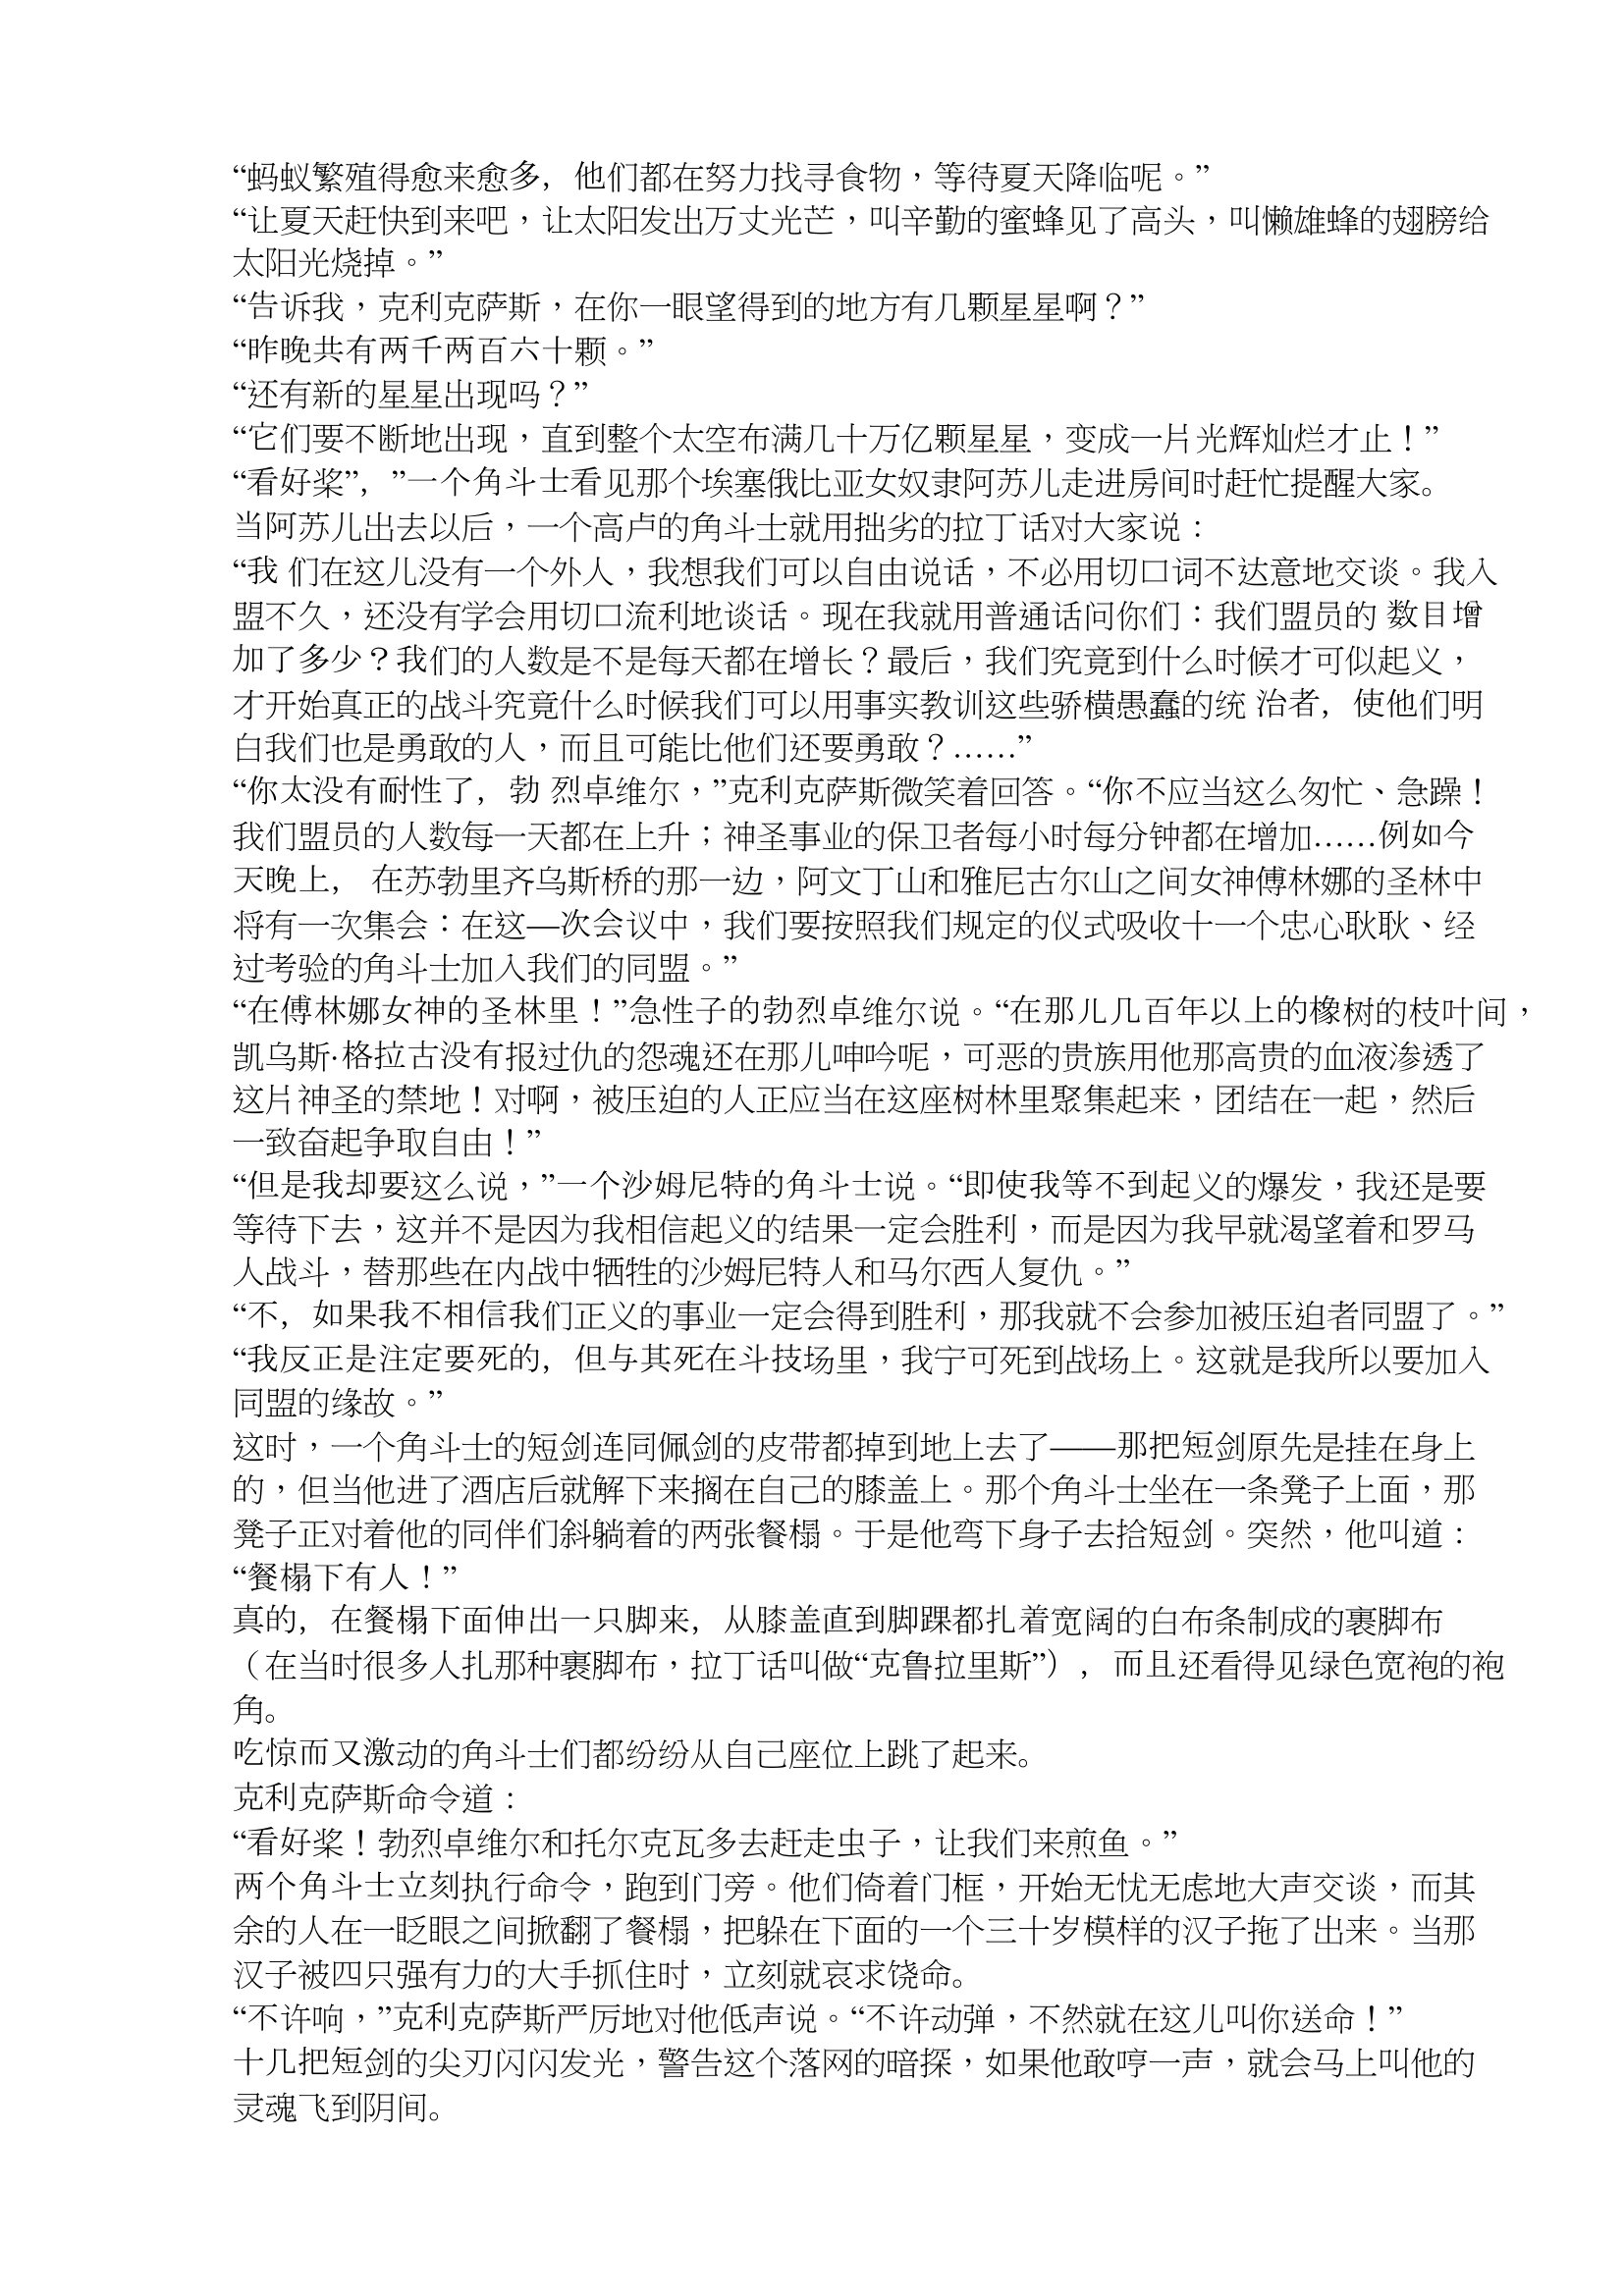
Language: zh